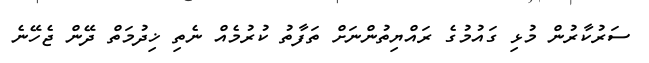
ސަރުކާރުން މުޅި ގައުމުގެ ރައްޔިތުންނަށް ތަފާތު ކުރުމެއް ނެތި ޚިދުމަތް ދޭން ޖެހޭނެ